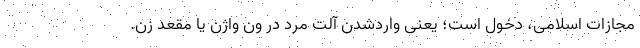
مجازات اسلامی، دخول است؛ یعنی واردشدن آلت مرد در ون واژن یا مقعد زن.